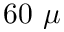
6 0 ~ \mu